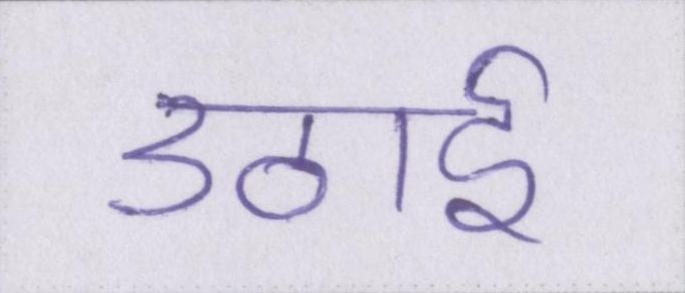
उठाई